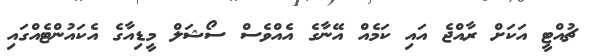
ޗުއްޓީ އަކަށް ރާއްޖެ އައި ކަމެއް އޭނާގެ އެއްވެސް ސޯޝަލް މީޑިއާގެ އެކައުންޓެއްގައި